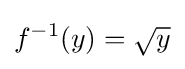
f^{-1}(y)={\sqrt {y}}